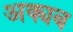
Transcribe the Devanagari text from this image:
अक्यब